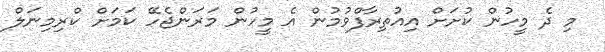
މި ދެ މީހުން ކުށަށް އިއުތިރާފްވުމުން އެ މީހުން މަރަންޖެހޭ ކަމަށް ކްރިމިނަލް